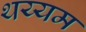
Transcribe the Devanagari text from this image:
थय्यम